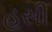
હસી